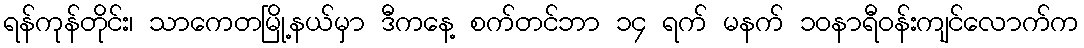
ရန်ကုန်တိုင်း၊ သာကေတမြို့နယ်မှာ ဒီကနေ့ စက်တင်ဘာ ၁၄ ရက် မနက် ၁၀နာရီဝန်းကျင်လောက်က